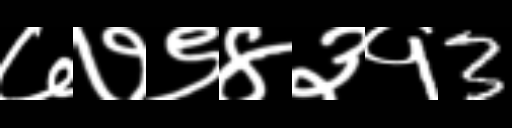
Text: ७७९४३१3